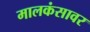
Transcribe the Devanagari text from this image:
मालकंसावर